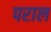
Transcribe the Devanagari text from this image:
पराल